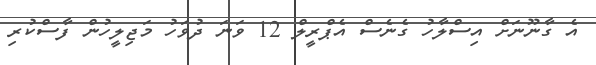
އެ ގާނޫނަށް އިސްލާހު ގެނެސް އެޕްރީލް 12 ވަނަ ދުވަހު މަޖިލީހުން ފާސްކުރި